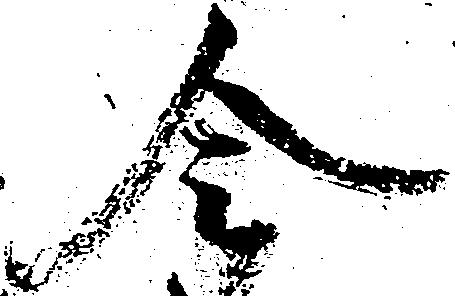
令